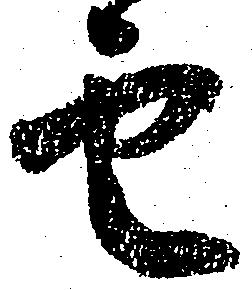
雲